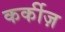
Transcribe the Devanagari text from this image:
कर्कीज़